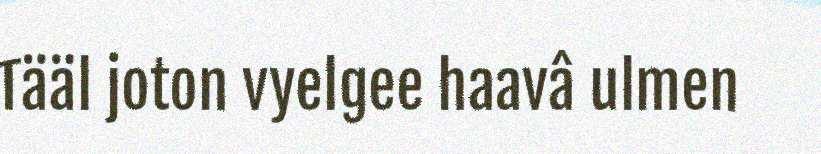
Tääl joton vyelgee haavâ ulmen